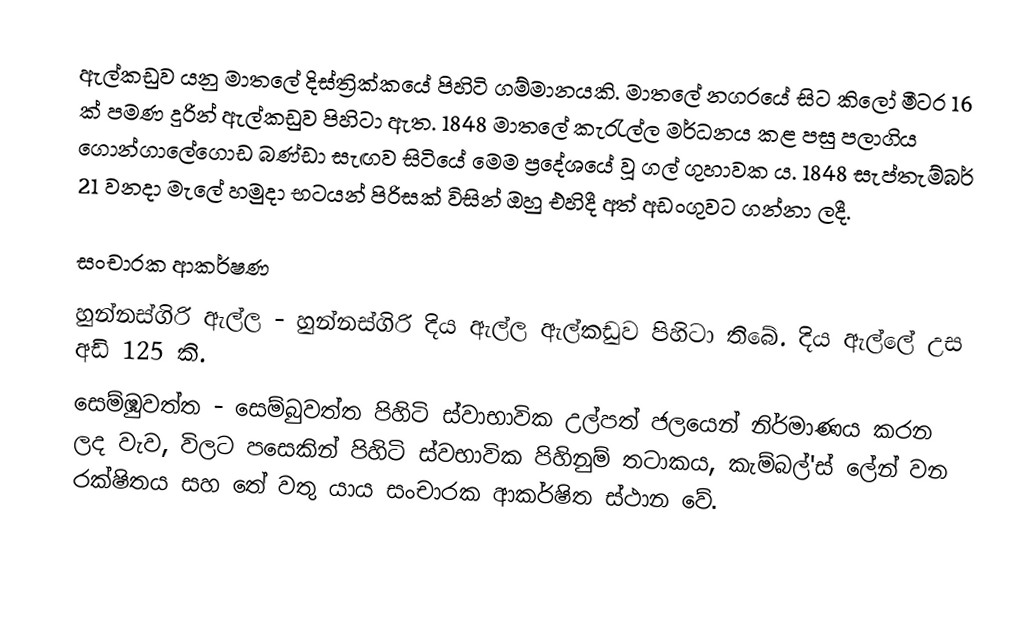
ඇල්කඩුව යනු  මාතලේ දිස්ත්‍රික්කයේ පිහිටි ගම්මානයකි. මාතලේ නගරයේ සිට කිලෝ මීටර 16 ක් පමණ දුරින් ඇල්කඩුව පිහිටා ඇත. 1848 මාතලේ කැරැල්ල මර්ධනය කළ පසු පලාගිය ගොන්ගාලේගොඩ බණ්ඩා සැඟව සිටියේ මෙම ප්‍රදේශයේ වූ ගල් ගුහාවක ය. 1848 සැප්තැම්බර් 21 වනදා මැලේ හමුදා භටයන් පිරිසක් විසින් ඔහු එහිදී අත් අඩංගුවට ගන්නා ලදී.

සංචාරක ආකර්ෂණ
 හුන්නස්ගිරි ඇල්ල - හුන්නස්ගිරි දිය ඇල්ල ඇල්කඩුව පිහිටා තිබේ. දිය ඇල්ලේ උස අඩි 125 කි.
 සෙම්ඹුවත්ත - සෙම්බුවත්ත පිහිටි ස්වාභාවික උල්පත් ජලයෙන් නිර්මාණය කරන ලද වැව, විලට පසෙකින් පිහිටි ස්වභාවික පිහිනුම් තටාකය, කැම්බල්'ස් ලේන් වන රක්ෂිතය සහ තේ වතු යාය  සංචාරක ආකර්ෂිත ස්ථාන වේ.